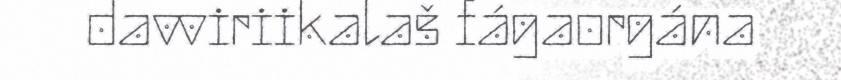
davviriikalaš fágaorgána